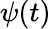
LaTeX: \psi(t)